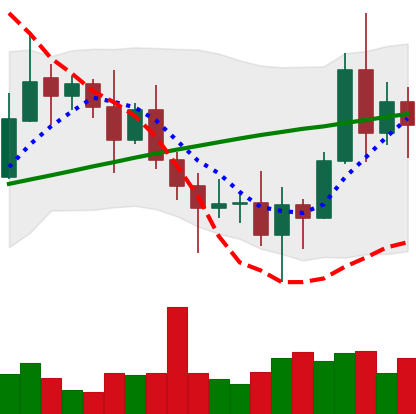
Ticker: XRP-USD
Chart end date: 2020-11-09
Forward return: 7.017%
Label: up_7plus